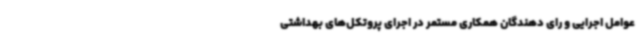
عوامل اجرایی و رای دهندگان همکاری مستمر در اجرای پروتکل‌های بهداشتی